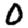
Digit: 0